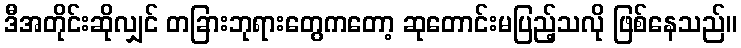
ဒီအတိုင်းဆိုလျှင် တခြားဘုရားတွေကတော့ ဆုတောင်းမပြည့်သလို ဖြစ်နေသည်။